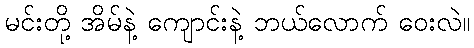
မင်းတို့ အိမ်နဲ့ ကျောင်းနဲ့ ဘယ်လောက် ဝေးလဲ။